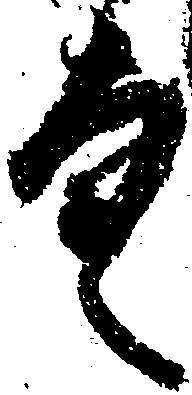
具